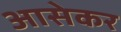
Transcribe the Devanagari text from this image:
आसेकर